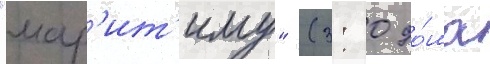
"мар'ит'иму" (3: 0 до́ма